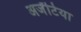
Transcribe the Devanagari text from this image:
अर्जेंटिया